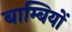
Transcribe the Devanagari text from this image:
बाम्बियों